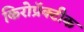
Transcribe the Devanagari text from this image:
किरोप्रॅक्टीक